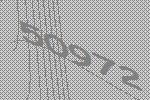
50972